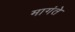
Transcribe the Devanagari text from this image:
मागंते